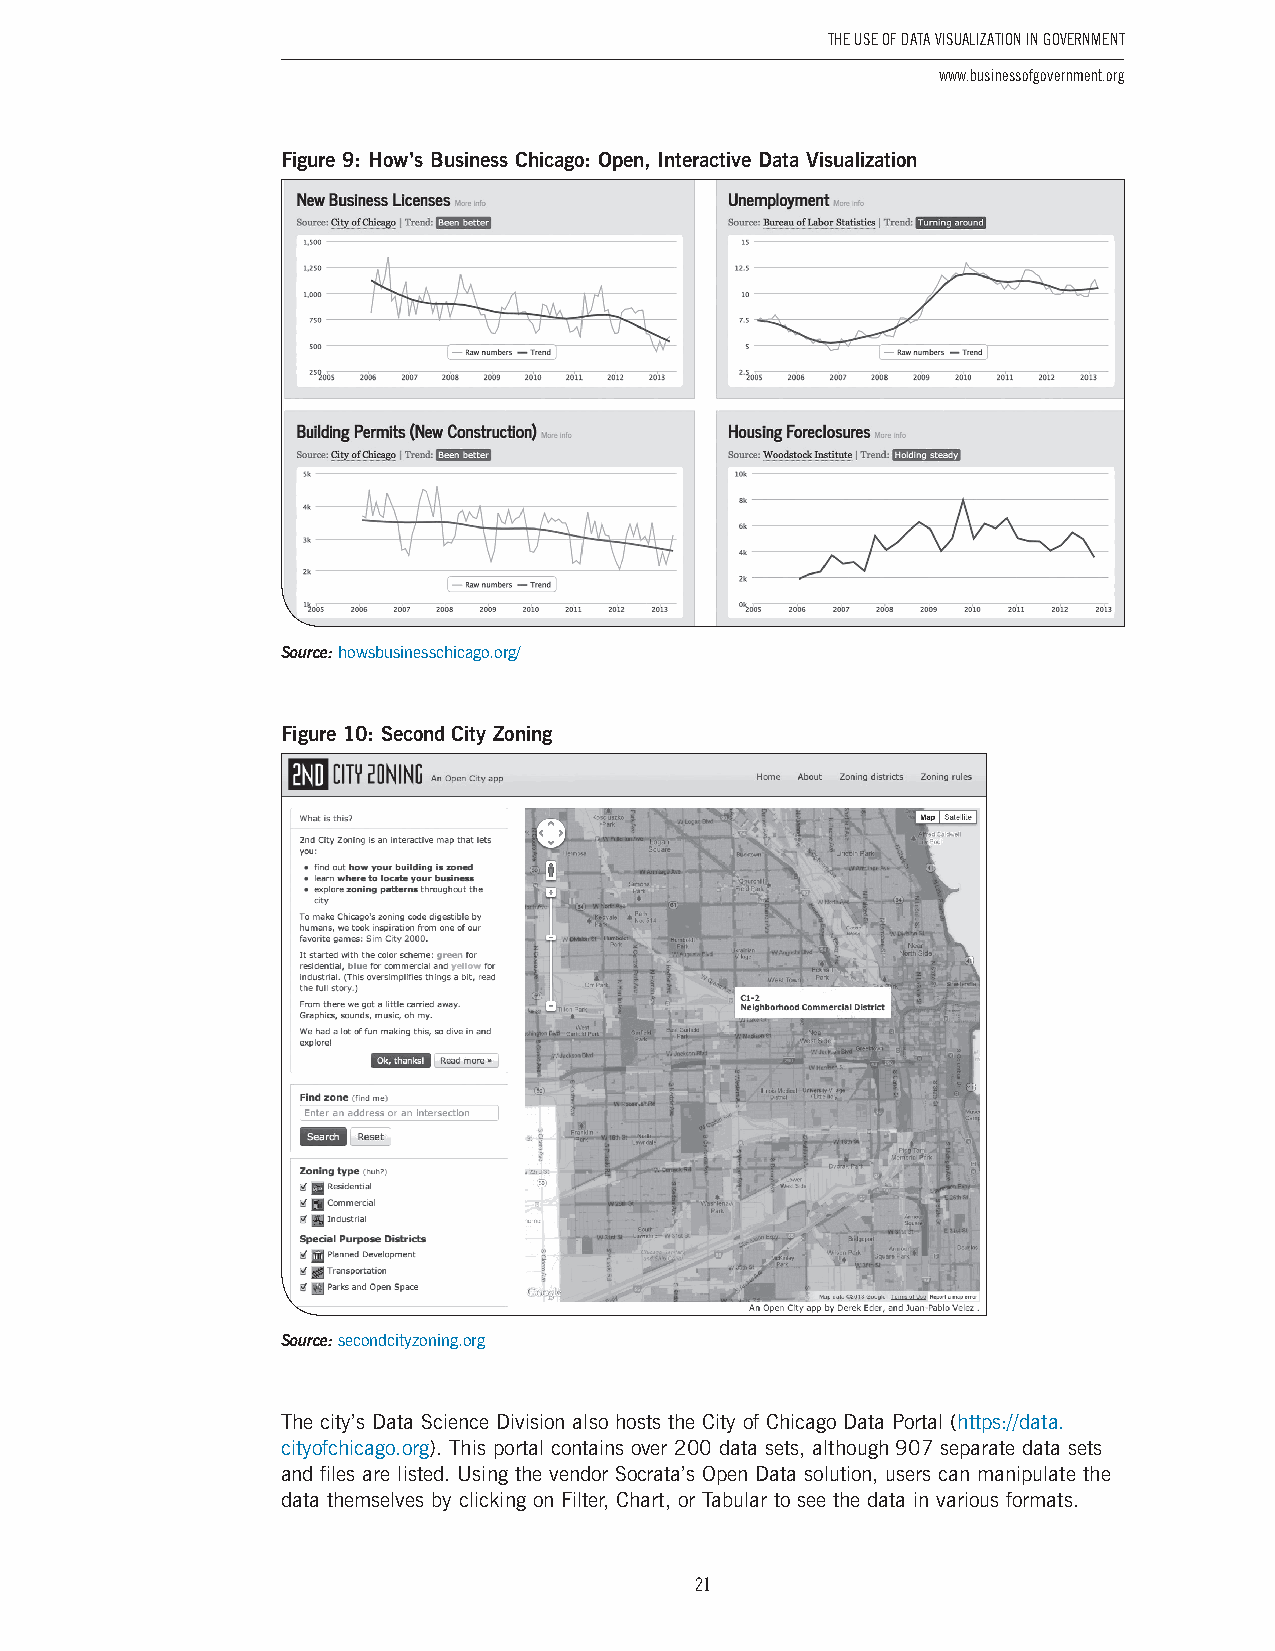
The USe of DaTa ViSUalizaTion in GoVernmenT
 www.businessofgovernment.org
 Figure 9: How’s Business Chicago: Open, Interactive Data Visualization
 Source: howsbusinesschicago .org/
 Figure 10: Second City Zoning
 Source: secondcityzoning .org
 The city’s Data Science Division also hosts the City of Chicago Data Portal (https://data .
 cityofchicago .org) . This portal contains over 200 data sets, although 907 separate data sets
 and files are listed . Using the vendor Socrata’s Open Data solution, users can manipulate the
 data themselves by clicking on Filter, Chart, or Tabular to see the data in various formats .
 21